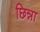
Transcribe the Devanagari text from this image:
छिन्ना